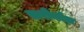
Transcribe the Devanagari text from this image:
सारीकोडा